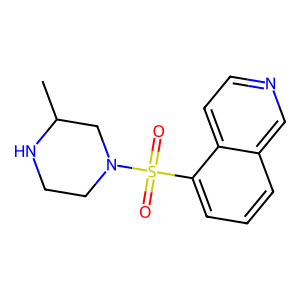
SMILES: CC1CN(S(=O)(=O)c2cccc3cnccc23)CCN1
Inhibits HIV replication: No